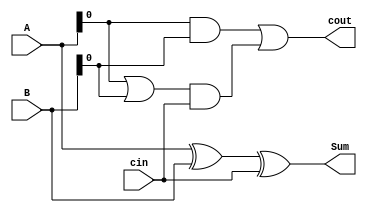
module carry_lookahead_adder (
    input wire [7:0] A,
    input wire [7:0] B,
    input wire cin,
    output wire [7:0] Sum,
    output wire cout
);

wire [7:0] a_xor_b;
wire [7:0] a_and_b;
wire [7:0] carry_generate;
wire [7:0] carry_propagate;

assign a_xor_b = A ^ B;
assign a_and_b = A & B;
assign carry_generate = a_and_b;
assign carry_propagate = A | B;

assign Sum = a_xor_b ^ cin;
assign cout = (a_and_b | (carry_propagate & cin));

endmodule